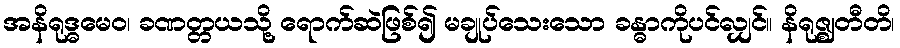
အနိရုဒ္ဓမေဝ၊ ခဏတ္တယသို့ ရောက်ဆဲဖြစ်၍ မချုပ်သေးသော ခန္ဓာကိုပင်လျှင်။ နိရုဇ္ဈတီတိ၊